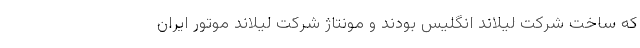
که ساخت شرکت لیلاند انگلیس بودند و مونتاژ شرکت لیلاند موتور ایران